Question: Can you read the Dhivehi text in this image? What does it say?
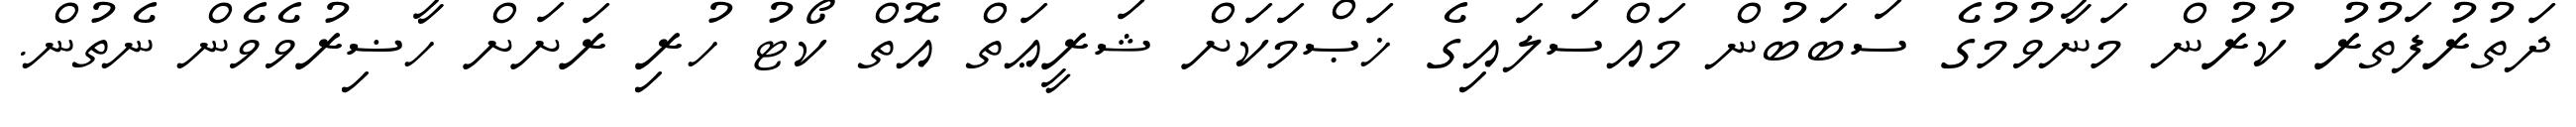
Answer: ދަތުރުފަތުރު ކުރުން މަނާވުމުގެ ސަބަބުން މައްސަލައިގެ ޚަޞްމަކަށް ޝަރީޢަތް އޮތް ކޯޓު ހުރި ރަށަށް ހާޟިރުވެވެން ނެތުން.